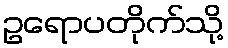
ဥရောပတိုက်သို့